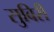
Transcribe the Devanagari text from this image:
सुबिरी